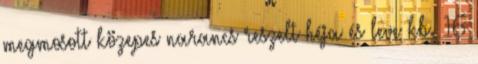
megmosott közepes narancs reszelt héja és leve kb. 16